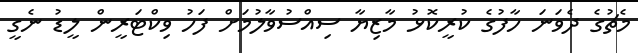
މެޗުގެ ދެވަނަ ހާފުގެ ކުރީކޮޅު މާޒިޔާ ސިއްސުވާލުމަށް ފަހު ވިކްޓަރީން ލީޑު ނެގީ